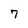
Character: 7